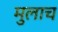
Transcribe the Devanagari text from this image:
मुलाच